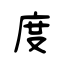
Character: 度